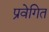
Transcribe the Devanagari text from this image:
प्रवेगित